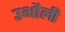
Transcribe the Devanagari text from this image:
उभौली